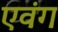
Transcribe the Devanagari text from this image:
एवंग